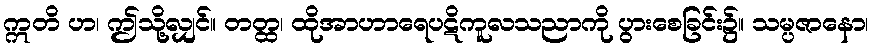
ဣတိ ဟ၊ ဤသို့လျှင်။ တတ္ထ၊ ထိုအာဟာရေပဋိကူလသညာကို ပွားစေခြင်း၌။ သမ္ပဇာနော၊